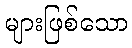
များဖြစ်သော